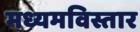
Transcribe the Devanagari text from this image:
मध्यमविस्तार